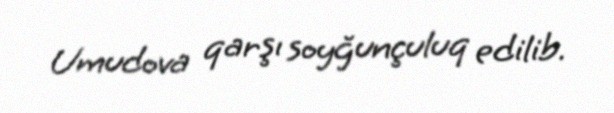
Umudova qarşı soyğunçuluq edilib.